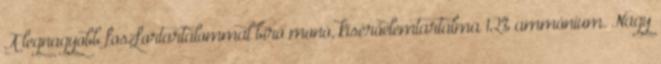
A legnagyobb foszfortartalommal bíró monó, kísérőelemtartalma 12% ammónium. Nagy